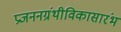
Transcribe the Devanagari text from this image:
प्रजननग्रंथीविकासारंभ